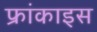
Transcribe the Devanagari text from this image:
फ्रांकाइस